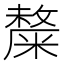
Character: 𥼋